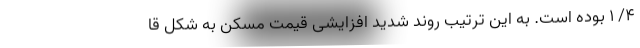
۴/ ۱ بوده است. به این ترتیب روند شدید افزایشی قیمت مسکن به شکل قا